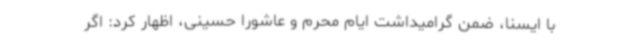
با ایسنا، ضمن گرامیداشت ایام محرم و عاشورا حسینی، اظهار کرد: اگر